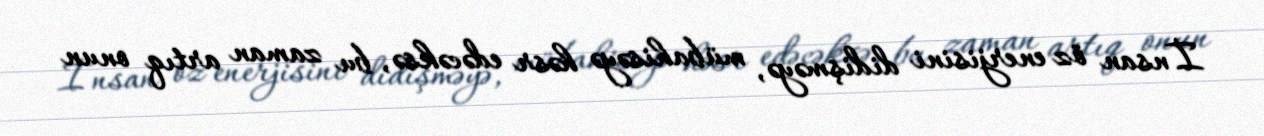
İnsan öz enerjisini didişməyə, mübahisəyə həsr edəcəksə, bu zaman artıq onun